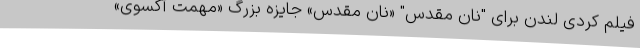
فیلم کُردی لندن برای "نان مقدس" «نان مقدس» جایزه بزرگ «مهمت آکسوی»